Bréfritari: Sigríður Pálsdóttir
Viðtakandi: Páll Pálsson
Dagsetning: A-1861-01-25
Skrifað á: Breiðabólsstað  Rang.
Páll var bróðir Sigríðar

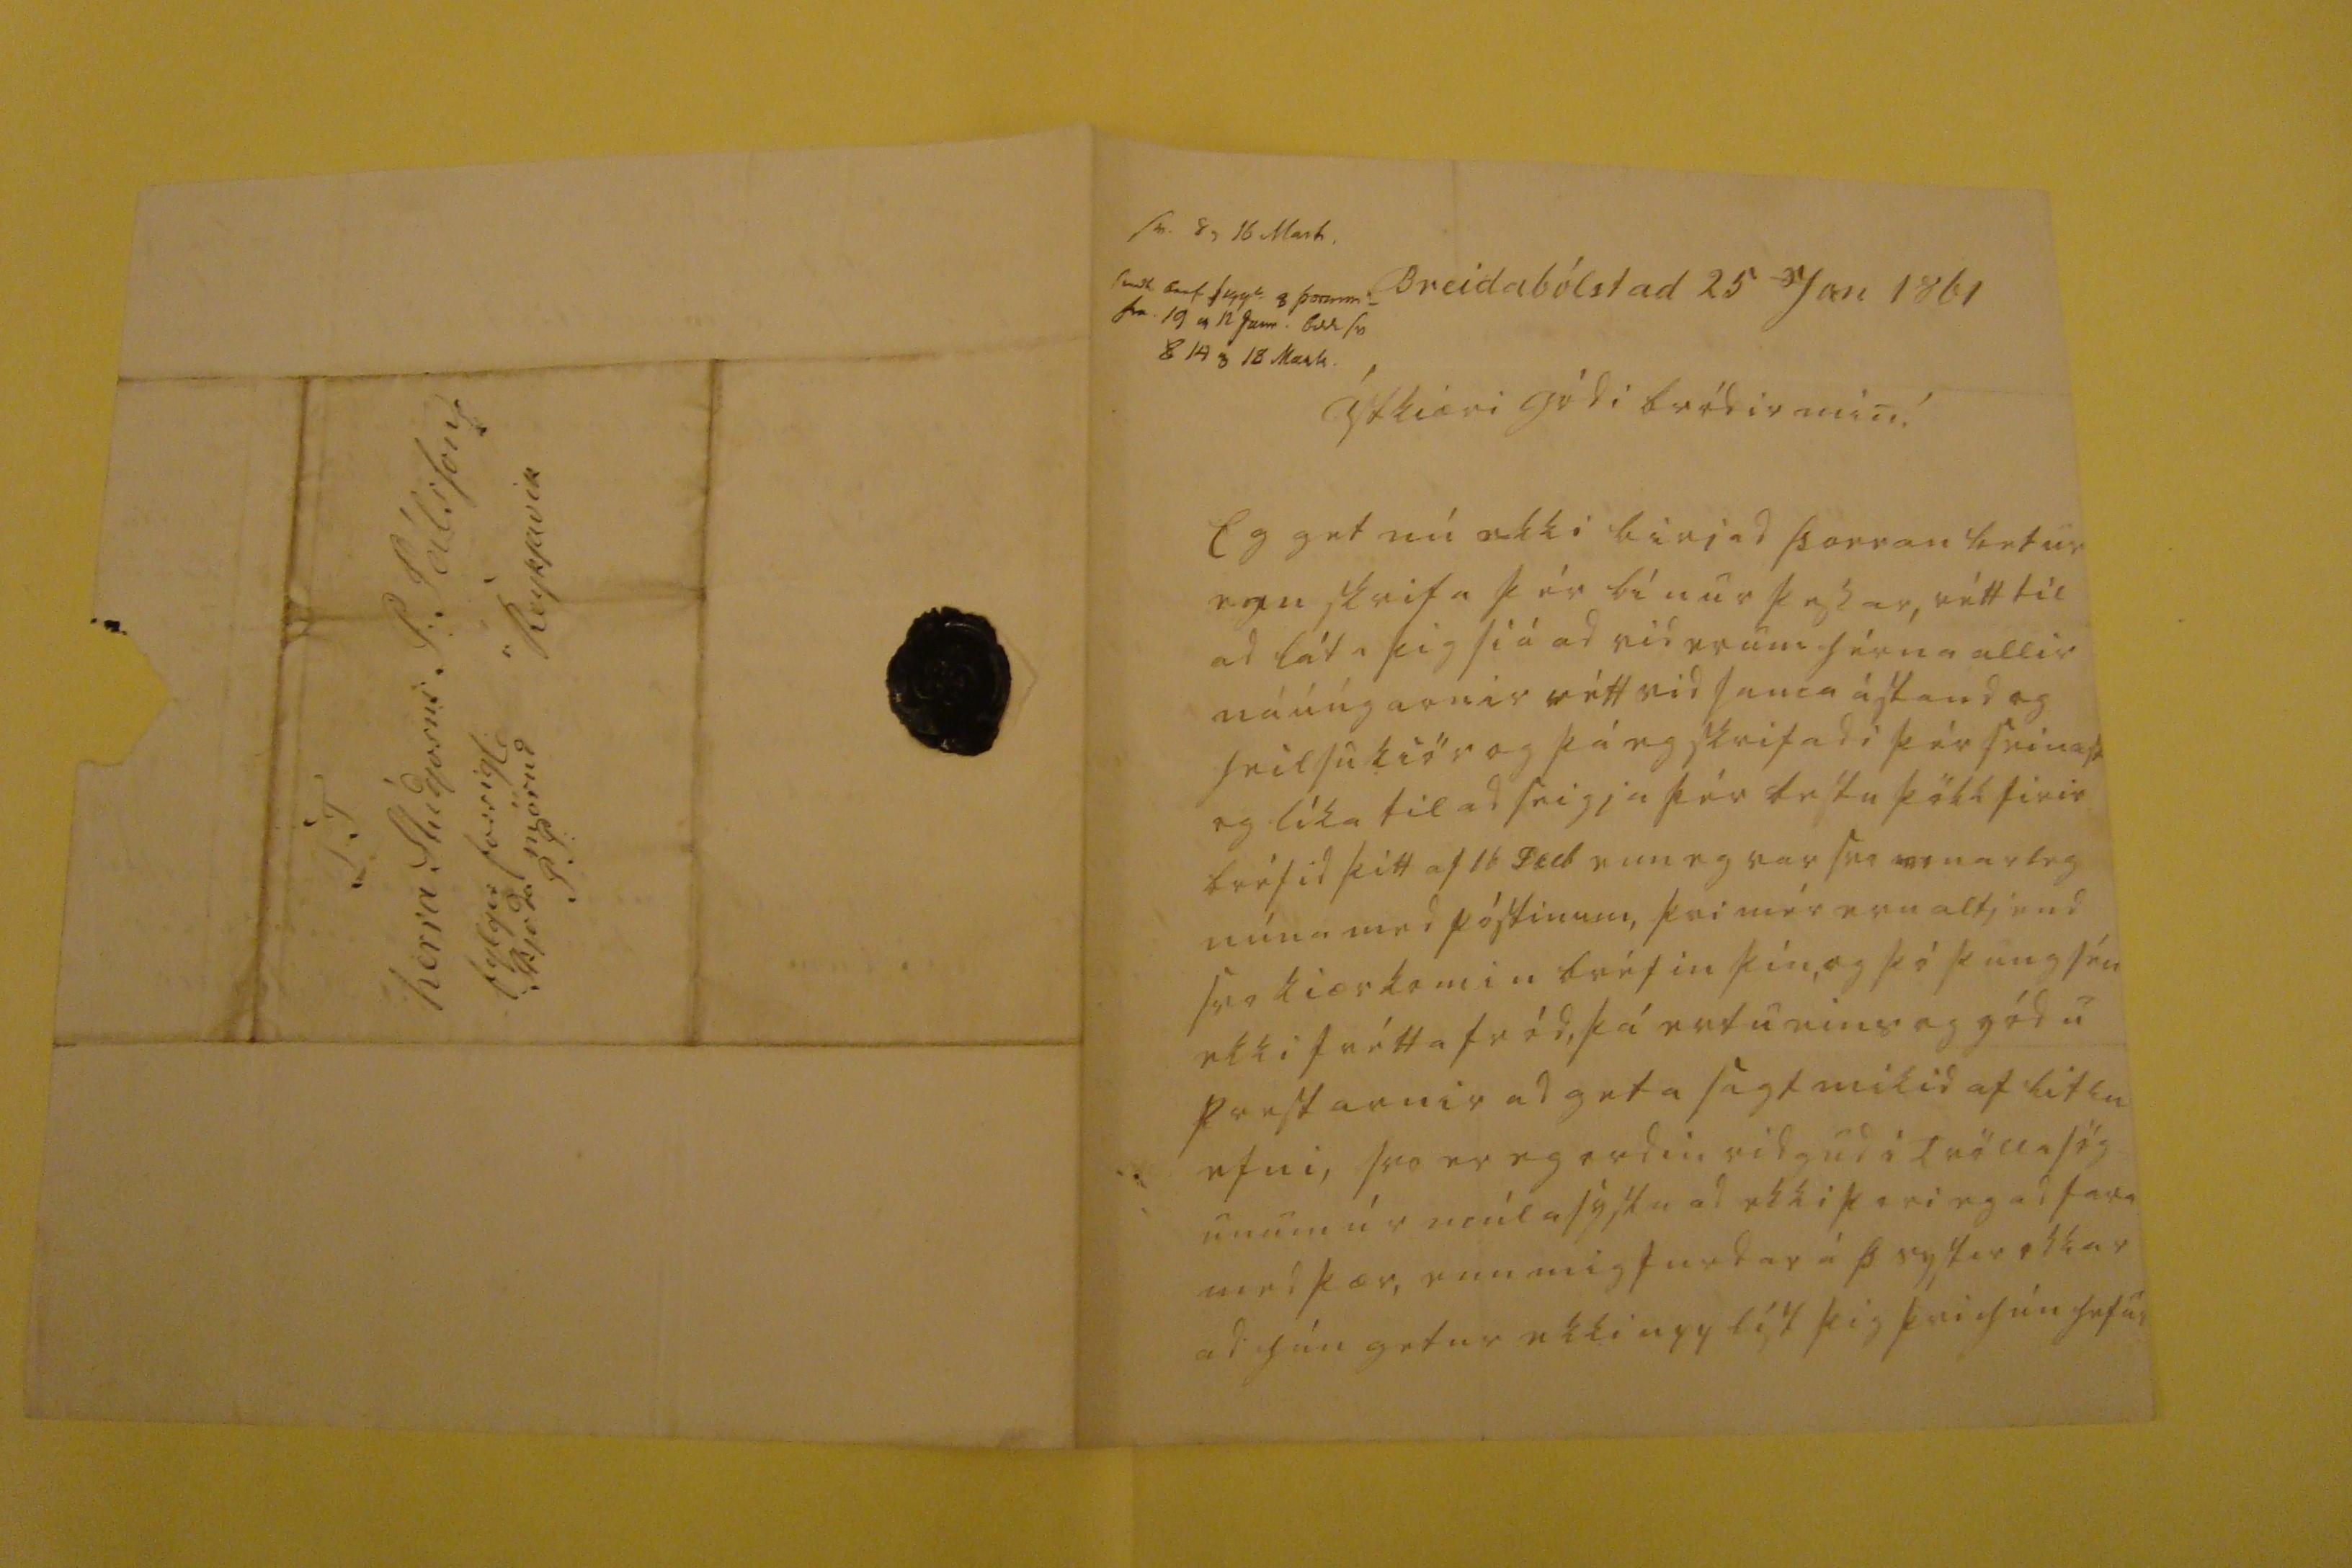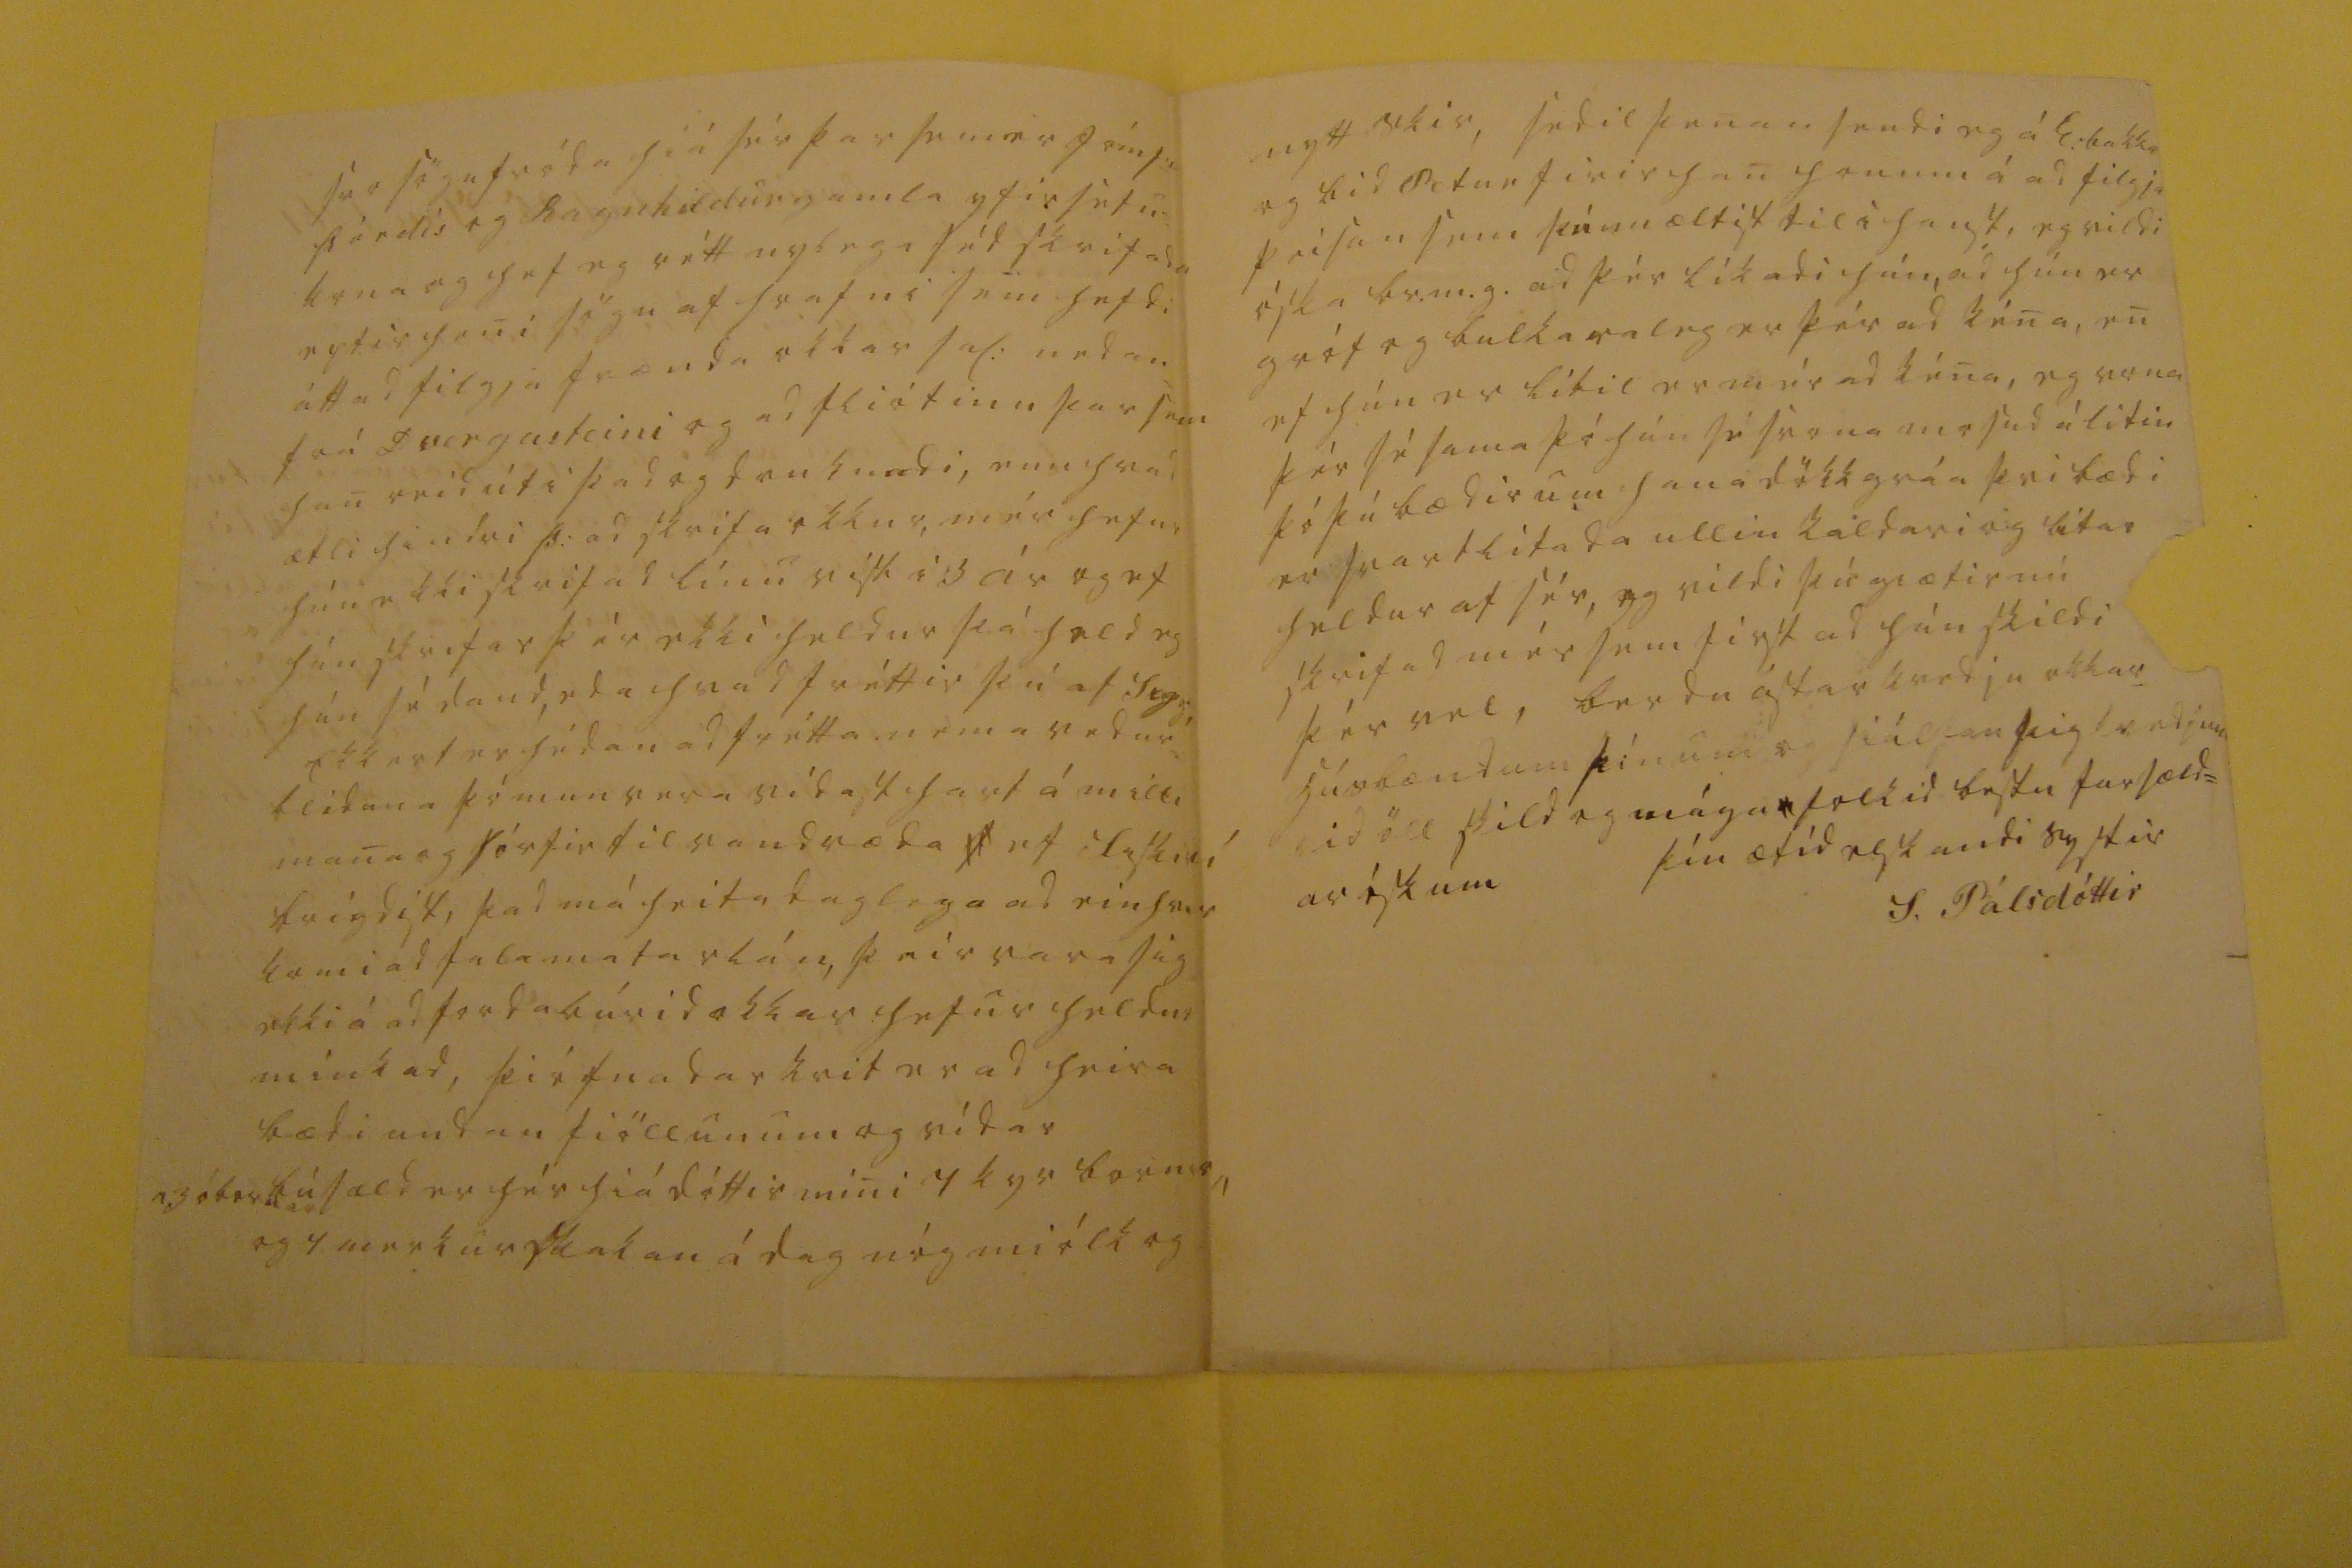

sv 8, 16 Mars Send bref 000 8 þorunn: fr 19 0 12 Jan. 0ll s0 8 14 0 Mars
Breidabólstad 25 Jan 1861
Ástkiæri gódi bródir min!
Eg get nú ekki birjad þorran betur enn skrifa þér línur þessar, rétt til ad láta þig siá ad vid erum allir náúngarnir rétt vid sama ástand og heilsukiör og þá eg skrifadi þér seinast og líka til ad seigja þér bestu þökk firir bréfid þitt af 16 Feb enn eg var svo
00
narleg núna med póstinum, þvi mér eru altjend svo kiærkomin bréfin þín, og þó þaug séu ekki fréttafród, þá ertu eins og gódu prestarnir ad geta sagt mikid af litlu efni, svo er eg ordin ridgud i tröllasög= unum úr múlasýslu ad ekki þori eg ad fara med þær, enn mig furdar á þ systir okkar ad hún getur ekki upplíst þig þvi hún hefur
svo sögufróda hiá sér þar sem er Jómf
r
Þórdís og Ragnhildur gamla yfirsétu= kona og hef eg rétt nylega séd skrifada eptir heni sögu af hrafni sem hefdi áttad filgja frænda okkar sal: nedan frá Dvergasteini og ad fliótinu þar sem han reid út i þad og druknadi, enn hvad ætli hindri Þ: ad skrifa okkur, mér hefur hún ekki skrifad línu vist i 3 ár og ef hún skrifar þér ekki heldur þá held eg hún sé daud, eda hvad fréttir þú af Sigg: Ekkert er hédan ad frétta nema vedur= blíduna þó mun vera vidast hart á milli mana og
st
órfie til vandræda
f
ef
00sk00
brigdist, þad má heita daglega ad einhvur komi ad fala matarlán, þeir vara sig ekki á ad fordabúrid okkar hefur heldur minkad,
þiófnadarkvit
er ad heira bædi undan fiöllunum og vídar
00ók000000
búsæld er hér hiá dóttir mini 4 kyr bornar og 4 merkur
skakan
á dag nóg miólk og
nytt skir, sedil þenan sendi eg á E:bakka eg bid Petur firir han honum á ad filgja peisan sem þú mæltist til i haust, eg vildi óska br.m.g. ad þér líkadi hún, ad hún er gróf og bulkaraleg er þér ad kéna, en ef hún er lítil er mér ad kéna, eg vona þér sé sama þó hún sé svona
misud
á litin þó þú bædir um hana dökkgráa þvi bædi er svartlitada ullin kaldari og litar heldur af sér, eg vildi þú giætir nú skrifad mér sem first ad hún skildi þér vel, berdu ástarkvedju okkar húsbændum þínum og siálfan þig kvedjum vid öll skild og mága
r
folkid bestu farsæld= aróskum
þín ætíd elskandi systir
S. Pálsdóttir
S T herra Stúdjosus P:Pálsson á Reykjavik
fylgir
forsigl. 0joda mörud